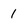
Character: 1